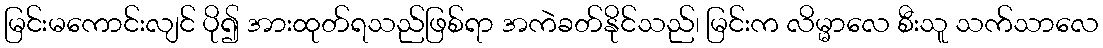
မြင်းမကောင်းလျင် ပို၍ အားထုတ်ရသည်ဖြစ်ရာ အကဲခတ်နိုင်သည်၊ မြင်းက လိမ္မာလေ စီးသူ သက်သာလေ